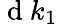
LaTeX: \mathrm{~d~}k_{1}